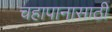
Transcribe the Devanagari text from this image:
चहापानासाठी